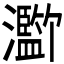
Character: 𪸄